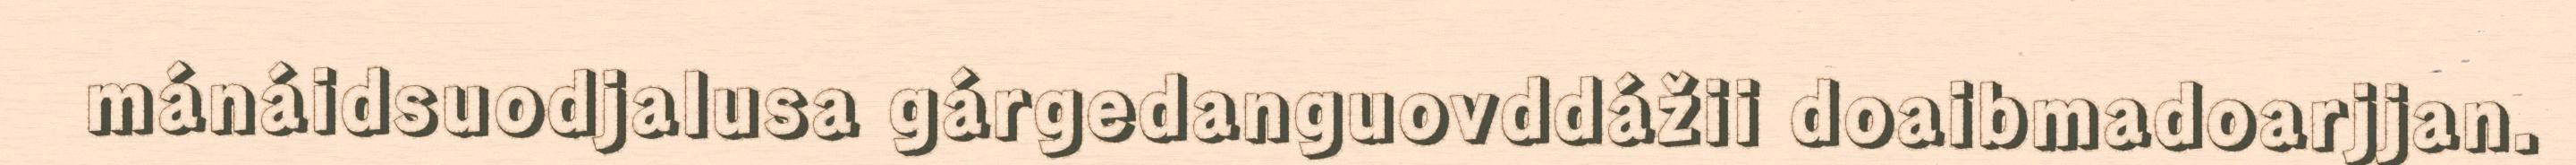
mánáidsuodjalusa gárgedanguovddážii doaibmadoarjjan.